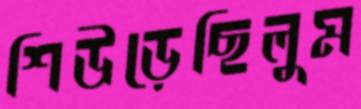
শিউড়েছিলুম